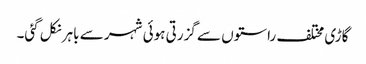
گاڑی مختلف راستوں سے گزرتی ہوئی شہر سے باہر نکل گئی۔